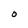
Character: O